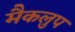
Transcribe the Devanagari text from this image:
मैकलुप